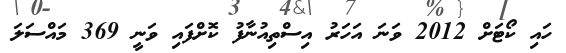
ހައި ކޯޓަށް 2012 ވަނަ އަހަރު އިސްތިއުނާފު ކޮށްފައި ވަނީ 369 މައްސަލަ